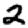
Digit: 2